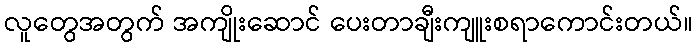
လူတွေအတွက် အကျိုးဆောင် ပေးတာချီးကျူးစရာကောင်းတယ်။